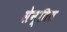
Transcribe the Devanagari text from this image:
सेन्तिल